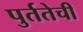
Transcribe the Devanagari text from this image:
पुर्ततेची